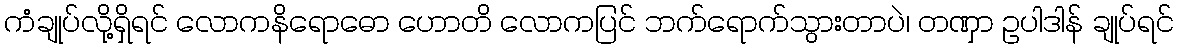
ကံချုပ်လို့ရှိရင် လောကနိရောဓော ဟောတိ လောကပြင် ဘက်ရောက်သွားတာပဲ၊ တဏှာ ဥပါဒါန် ချုပ်ရင်